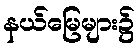
နယ်မြေများ၌